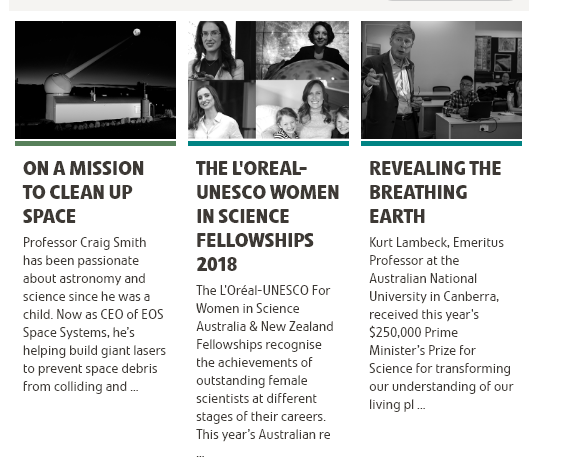
ON   A  MISSION
    TO   CLEAN    UP
    SPACE
     THE    LOREAL-
     UNESCO    WOMEN
     IN SCIENCE
     FELLOWSHIPS
     2018
     REVEALING    THE
     BREATHING
     EARTH
    Professor Craig Smith
    has been passionate
    about astronomy  and
    science since he was 3
    child. Now as CEO of EOS
    Space Systems, he’s
    helping build giant lasers
    to prevent space debris
    from colliding and
     The  LOréal-UNESCO For
     Women in Science
     Australia & New Zealand
     Fellowships recognise
     the achievements of
     outstanding female
     scientists at different
     stages of their careers.
     This year’s Australian re
     Kurt Lambeck, Emeritus
     Professor at the
     Australian National
     University in Canberra,
     received this year's
     $250,000 Prime
     Minister's Prize for
     Science for transforming
     our understanding of our
     living pl